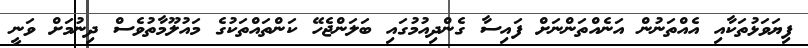
ފިޔަވަޅުތަކާއި އެއްތަނުން އަނެއްތަންނަށް ފައިސާ ގެންދިއުމުގައި ބަލަންޖެހޭ ކަންތައްތަކުގެ މައުލޫމާތުވެސް ދިނުމަށް ވަނީ